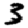
Digit: 3